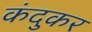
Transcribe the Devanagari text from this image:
कंदुकर